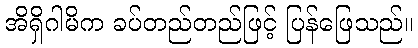
အိရှိဂါမိက ခပ်တည်တည်ဖြင့် ပြန်ဖြေသည်။